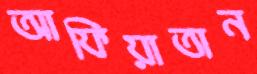
আফিয়াতান